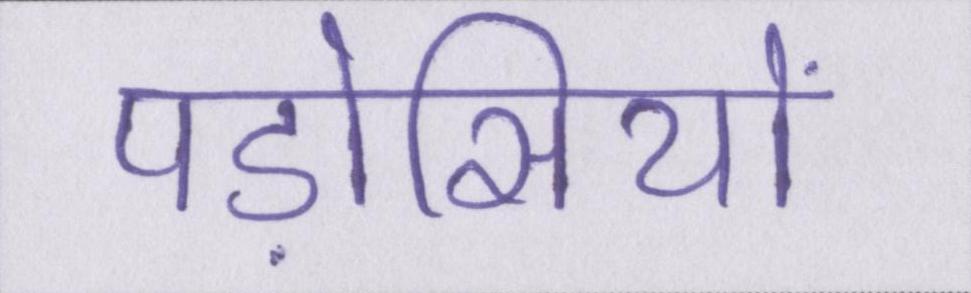
पड़ोसियों